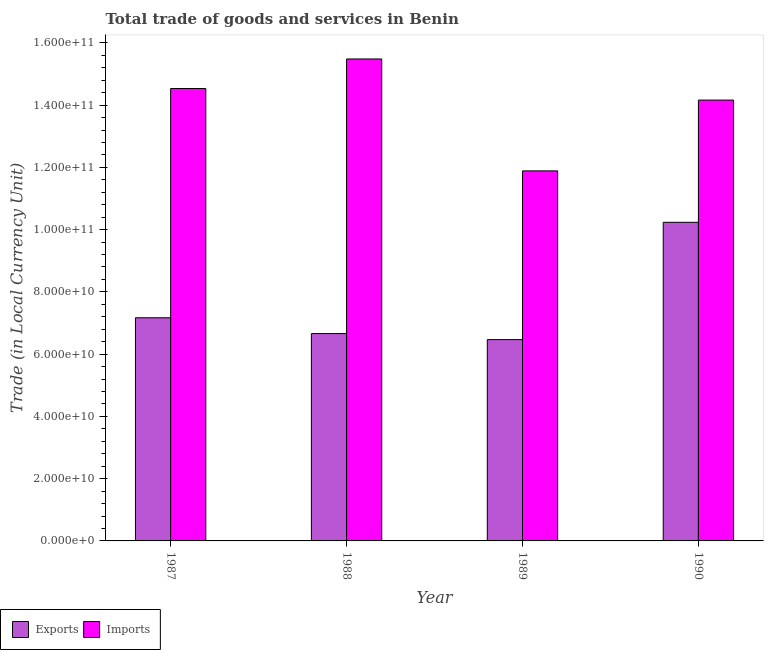
| Year | Exports | Imports |
 | --- | --- | --- |
 | 1987 | 7.17e+10 | 1.45e+11 |
 | 1988 | 6.66e+10 | 1.55e+11 |
 | 1989 | 6.47e+10 | 1.19e+11 |
 | 1990 | 1.02e+11 | 1.42e+11 |